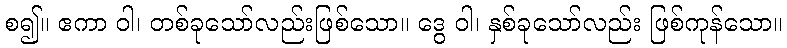
စ၍။ ဧကာ ဝါ၊ တစ်ခုသော်လည်းဖြစ်သော။ ဒွေ ဝါ၊ နှစ်ခုသော်လည်း ဖြစ်ကုန်သော။